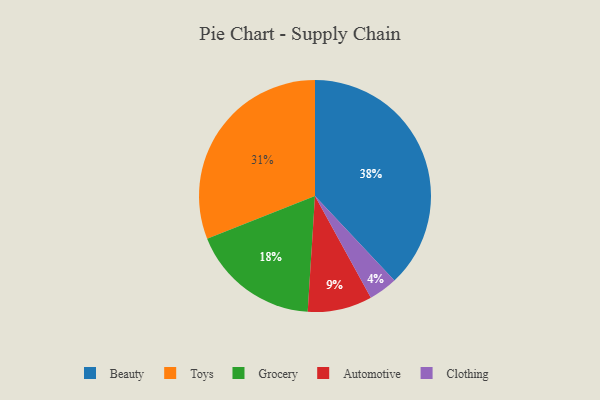
{"axis": {"x": "Category", "y": "Percentage"}, "legend": ["Automotive", "Beauty", "Clothing", "Grocery", "Toys"], "data": [{"x": "Grocery", "y": 18, "type": "Grocery"}, {"x": "Beauty", "y": 38, "type": "Beauty"}, {"x": "Automotive", "y": 9, "type": "Automotive"}, {"x": "Toys", "y": 31, "type": "Toys"}, {"x": "Clothing", "y": 4, "type": "Clothing"}]}